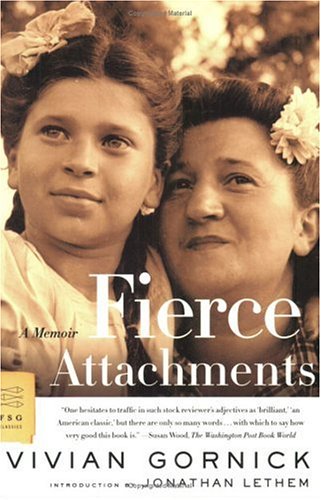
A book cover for Fierce Attachments: A Memoir (FSG Classics); Vivian Gornick; Parenting & Relationships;